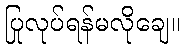
ပြုလုပ်ရန်မလိုချေ။